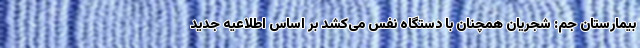
بیمارستان جم: شجریان همچنان با دستگاه نفس می‌کشد بر اساس اطلاعیه جدید